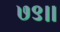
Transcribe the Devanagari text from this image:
७९।।